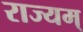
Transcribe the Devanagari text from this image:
राज्यम्